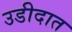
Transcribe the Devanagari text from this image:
उडीदात